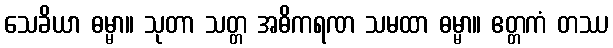
သေခိယာ ဓမ္မာ။ သုတာ သတ္တ အဓိကရဏ သမထာ ဓမ္မာ။ ဧတ္တကံ တဿ